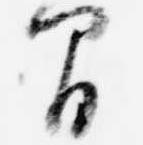
間